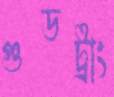
গুডট্রাং